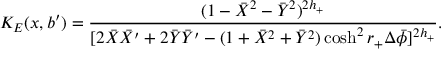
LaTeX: K _ { E } ( x , b ^ { \prime } ) = { \frac { ( 1 - \bar { X } ^ { 2 } - \bar { Y } ^ { 2 } ) ^ { 2 h _ { + } } } { [ 2 \bar { X } \bar { X } ^ { \prime } + 2 \bar { Y } \bar { Y } ^ { \prime } - ( 1 + \bar { X } ^ { 2 } + \bar { Y } ^ { 2 } ) \cosh ^ { 2 } r _ { + } \Delta \bar { \phi } ] ^ { 2 h _ { + } } } } .